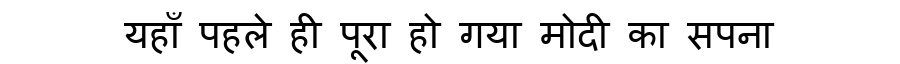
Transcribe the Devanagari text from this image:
यहाँ पहले ही पूरा हो गया मोदी का सपना